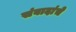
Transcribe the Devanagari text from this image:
संवादांचे